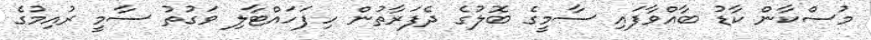
މުސްކާން ކާޑު ބާއްވާފައި ސާމީގެ ބޮލުގެ ދެފަރާތުން ހިފަހައްޓާލި ވަގުތު ސާމީ ރުއިމުގެ